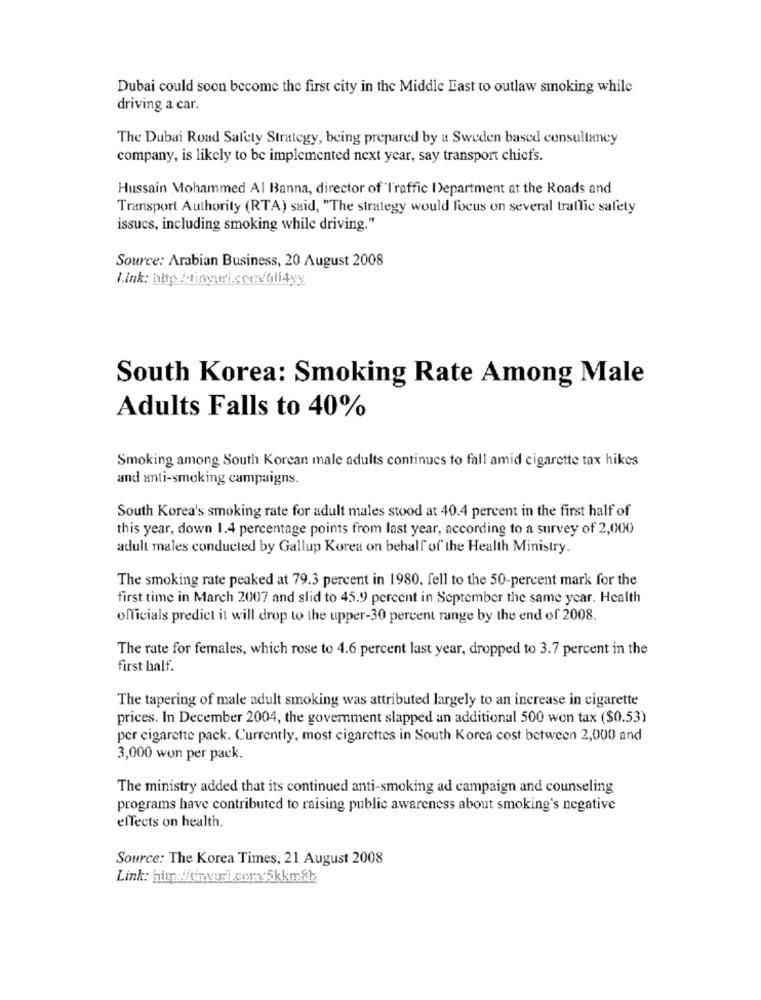
Dubai could soon become the first city in the Middle East to outlaw smoking while
driving a car.
The Dubai Road Safety Strategy, being prepared by a Sweden based consultancy
company, is likely to be implemented next year, say transport chiefs.
Hussain Mohammed Al Banna, director of 'I'raffic Department at the Roads and
Transport Authority (RTA) said, "The strategy would focus on several traffic safety
issucs, including smoking while driving."
Source: Arabian Business, 20 August 2008
South Korea: Smoking Rate Among Male
Adults Falls to 40%
Smoking among South Korean male adults continues to fall amid cigarette tax hikes
and anti-smoking campaigns.
South Korea's smoking rate for adult males stood at 40.4 percent in the first half of
this year, down 1.4 percentage points from last year, according to a survey of 2,000
adult males conducted by Gallup Korea on behalf of the Health Ministry.
The smoking rate peaked at 79.3 percent in 1980. fell to the 50-percent mark for the
first time in March 2007 and slid to 45.9 percent in September the same year. Health
officials predict it will drop to the upper-30 percent range by the end of 2008.
The rate for females, which rose to 4.6 percent last year, dropped to 3.7 percent in the
first half.
The tapering of male adult smoking was attributed largely to an increase in cigarette
prices. In December 2004, the goverment slapped an additional 500 won tax ($0.53)
per cigarette pack. Currently, most cigarettes in South Korea cost between 2,000 and
3,000 won per pack.
The ministry added that its continued anti-smoking ad campaign and counseling
programs have contributed to raising public awareness about smoking's negative
effects on health.
Source: The Korea Times, 21 August 2008
Link: http://tinyurl.com:5kkm&h